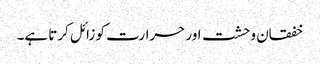
خفقان وحشت اور حرارت کو زائل کرتا ہے۔